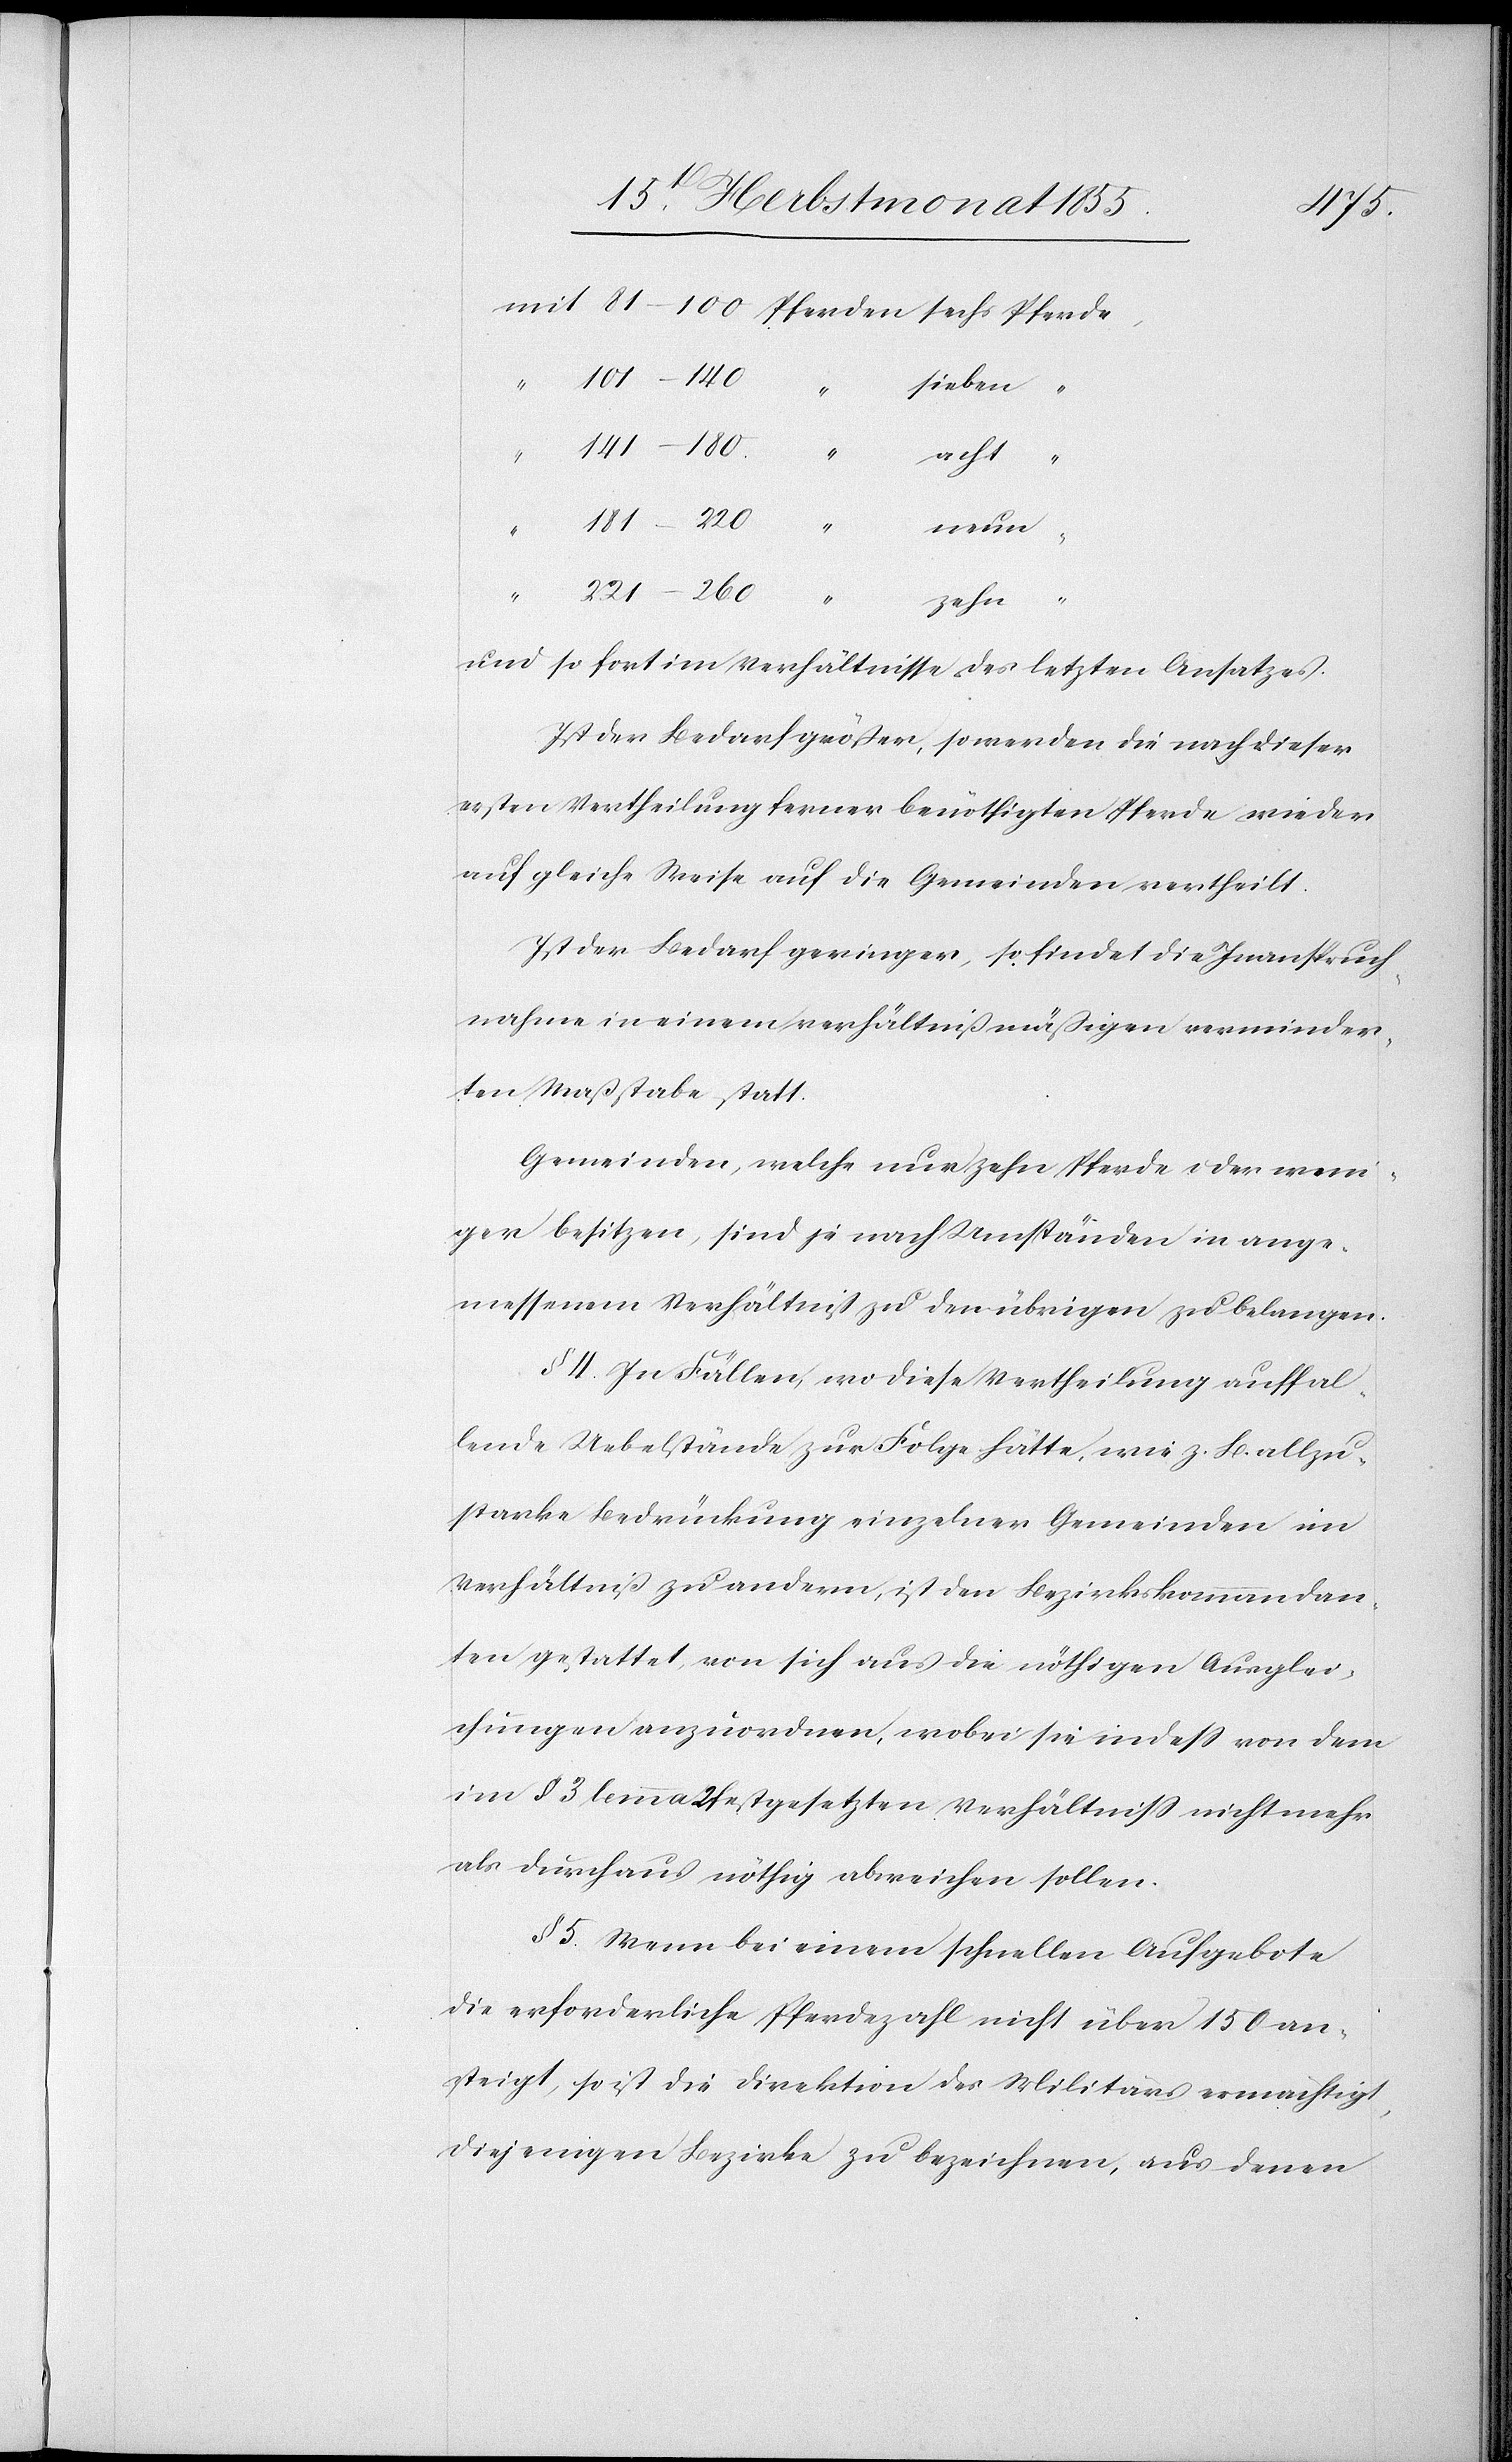
141–180.
sieben
mit
“
zehn
und so fort im Verhältnisse des letzten Ansatzes.
Ist der Bedarf größer, so werden die nach dieser
ersten Vertheilung ferner benöthigten Pferde wieder
auf gleiche Weise auf die Gemeinden vertheilt.
Ist der Bedarf geringer, so findet die Inanspruch¬
nahme in einem verhältnißmäßigen verminder¬
ten Maßstabe statt.
Gemeinden, welche nur zehn Pferde oder weni¬
ger besitzen, sind je nach Umständen in ange¬
messenem Verhältniß zu den übrigen zu belangen.
§ 4. In Fällen, wo diese Vertheilung auffal¬
lende Uebelstände zur Folge hätte, wie z. B. allzu¬
starke Bedrückung einzelner Gemeinden im
Verhältniß zu andern, ist den Bezirkskommandan¬
ten gestattet, von sich aus die nöthigen Ausglei¬
chungen anzuordnen, wobei sie indess von dem
im § 3 lemma 2 festgesetzten Verhältniss nicht mehr
als durchaus nöthig abweichen sollen.
§ 5. Wenn bei einem schnellen Aufgebote
die erforderliche Pferdezahl nicht über 150 an¬
steigt, so ist die Direktion des Militärs ermächtigt,
diejenigen Bezirke zu bezeichnen, aus denen